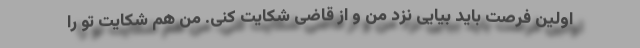
اولین فرصت باید بیایی نزد من و از قاضی شکایت کنی. من هم شکایت تو را